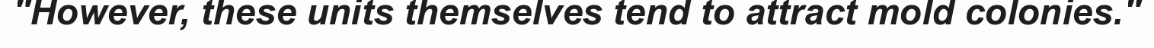
"However, these units themselves tend to attract mold colonies."